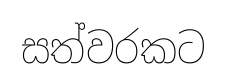
සත්වරකට